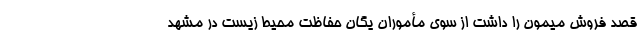
قصد فروش میمون را داشت از سوی مأموران یگان حفاظت محیط زیست در مشهد